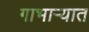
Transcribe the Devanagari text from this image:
गाभार्‍यात